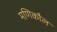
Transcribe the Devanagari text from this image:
मणिकौल